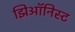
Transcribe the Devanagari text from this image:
झिऑनिस्ट